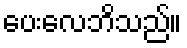
ပေးလေဘိသည်။